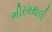
ભીરમથાલી